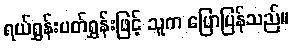
ရယ်ရွှန်းပတ်ရွှန်းဖြင့် သူက ပြောပြန်သည်။